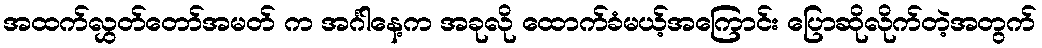
အထက်လွှတ်တော်အမတ် က အင်္ဂါနေ့က အခုလို ထောက်ခံမယ့်အကြောင်း ပြောဆိုလိုက်တဲ့အတွက်